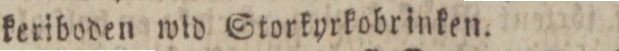
keriboden wid Storkyrkobrinken.